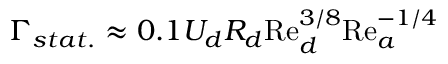
\Gamma _ { s t a t . } \approx 0 . 1 U _ { d } R _ { d } \mathrm { R e } _ { d } ^ { 3 / 8 } \mathrm { R e } _ { a } ^ { - 1 / 4 }